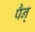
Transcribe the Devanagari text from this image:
पैन्